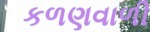
કળણવાળી